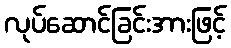
လုပ်ဆောင်ခြင်းအားဖြင့်